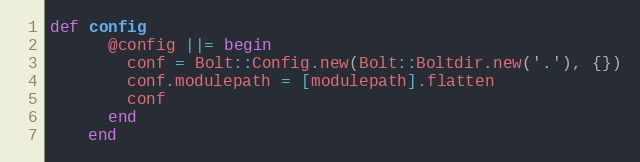
Language: Ruby
def config
      @config ||= begin
        conf = Bolt::Config.new(Bolt::Boltdir.new('.'), {})
        conf.modulepath = [modulepath].flatten
        conf
      end
    end